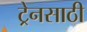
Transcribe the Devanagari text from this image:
ट्रेनसाठी